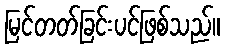
မြင်တတ်ခြင်းပင်ဖြစ်သည်။